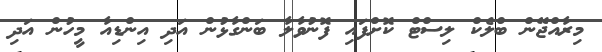
މިރާއްޖޭން ބްލެކް ލިސްޓް ކޮށްފައި ފޮނުވާލާ ބަންގާޅުން އަދި އިންޑިއާ މީހުން އަދި